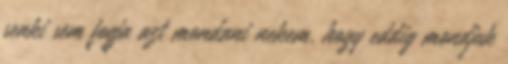
senki sem fogja azt mondani nekem, hogy eddig mondjuk